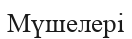
Мүшелері